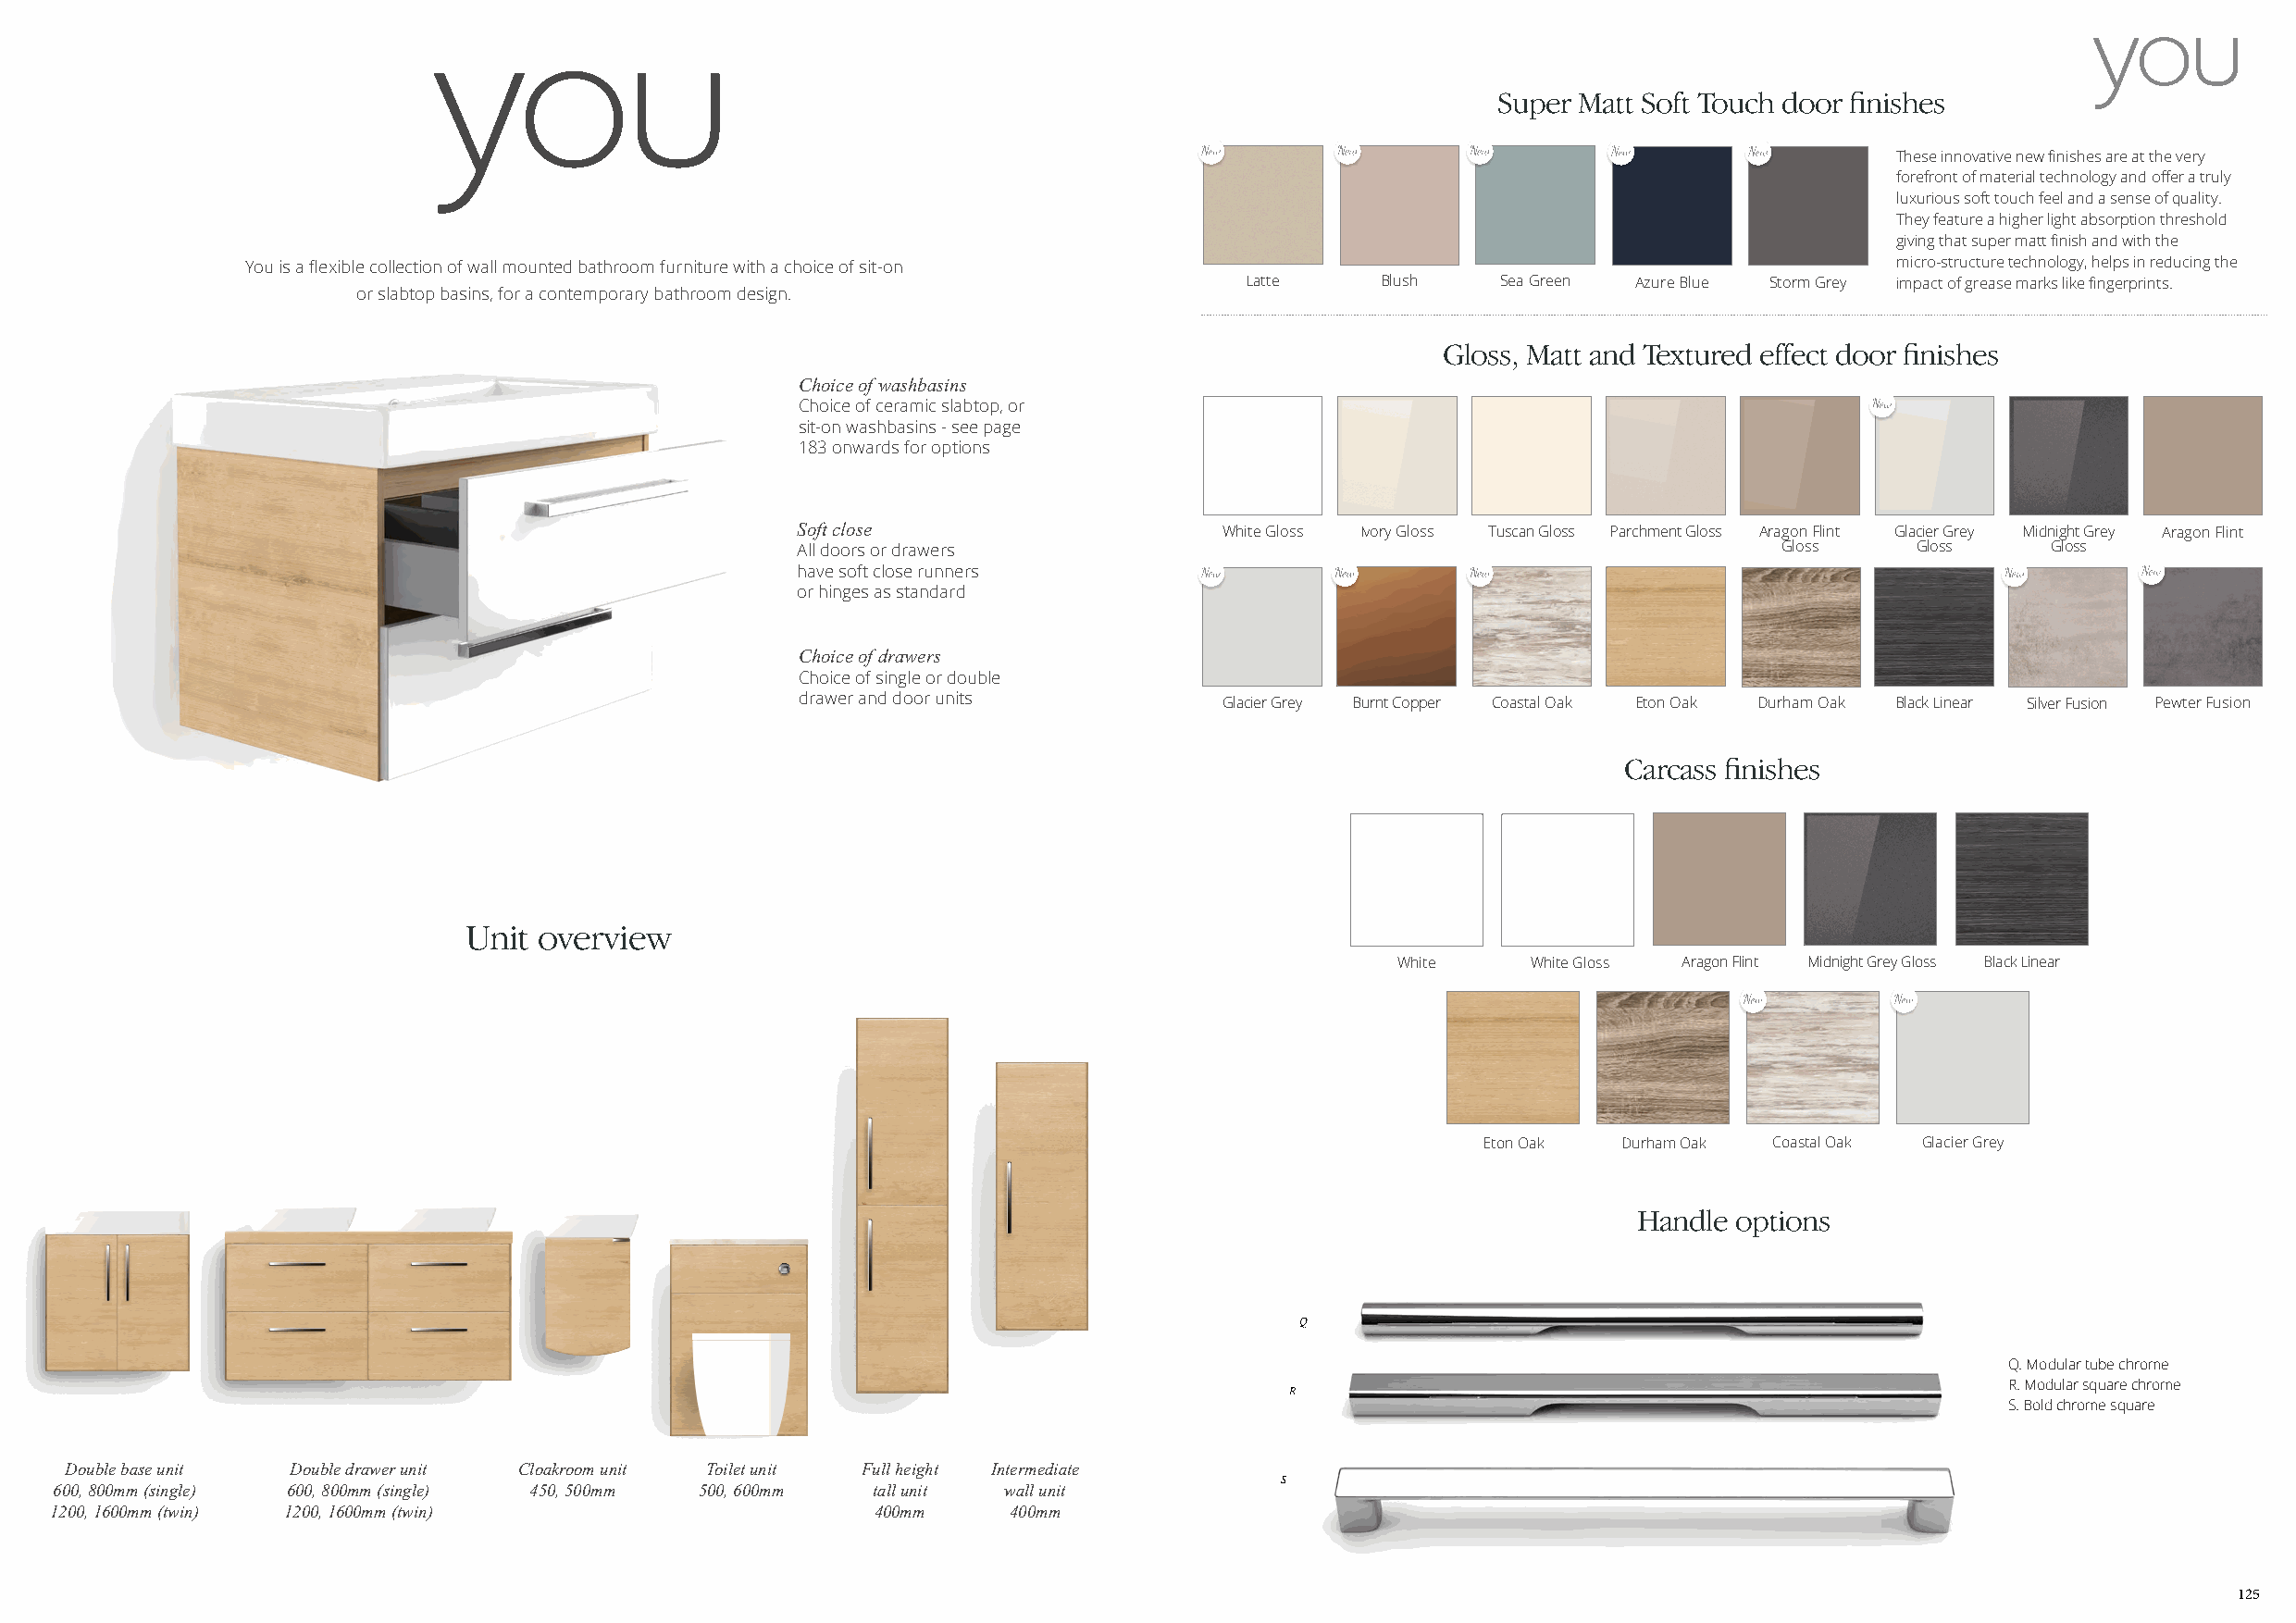
Super Matt Soft Touch door finishes
 These innovative new finishes are at the very
 forefront of material technology and offer a truly
 luxurious soft touch feel and a sense of quality.
 They feature a higher light absorption threshold
 giving that super matt finish and with the
 You is a flexible collection of wall mounted bathroom furniture with a choice of sit-on                               micro-structure technology, helps in reducing the
 Latte     Blush   Sea Green Azure Blue Storm Grey impact of grease marks like fingerprints.
 or slabtop basins, for a contemporary bathroom design.
 Gloss, Matt and Textured effect door finishes
 Choice of washbasins
 Choice of ceramic slabtop, or
 sit-on washbasins - see page
 183 onwards for options
 Soft close                    White Gloss Ivory Gloss Tuscan Gloss Parchment Gloss Aragon Flint Glacier Grey Midnight Grey Aragon Flint
 All doors or drawers                                                  Gloss     Gloss     Gloss
 have soft close runners
 or hinges as standard
 Choice of drawers
 Choice of single or double
 drawer and door units         Glacier Grey Burnt Copper Coastal Oak Eton Oak Durham Oak Black Linear Silver Fusion Pewter Fusion
 Carcass finishes
 Unit overview
 White    White Gloss Aragon Flint Midnight Grey Gloss Black Linear
 Eton Oak  Durham Oak Coastal Oak Glacier Grey
 Handle options
 Q
 Q. Modular tube chrome
 R. Modular square chrome
 R
 S. Bold chrome square
 Double base unit Double drawer unit Cloakroom unit Toilet unit Full height Intermediate
 S
 600, 800mm (single) 600, 800mm (single) 450, 500mm 500, 600mm tall unit wall unit
 1200, 1600mm (twin) 1200, 1600mm (twin)                    400mm    400mm
 125